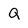
Character: Q